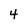
Character: 4